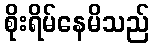
စိုးရိမ်နေမိသည်